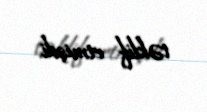
təklif etmişdi.